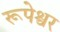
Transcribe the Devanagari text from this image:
रूपेश्वर